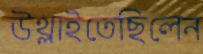
উথ্‌লাইতেছিলেন